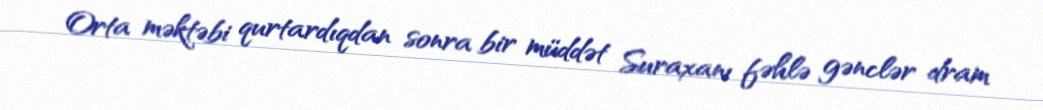
Orta məktəbi qurtardıqdan sonra bir müddət Suraxanı fəhlə gənclər dram